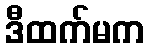
ဒီထက်မက